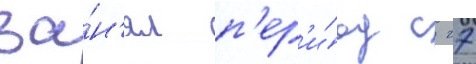
за́н'ял п'ер'и́од с 27